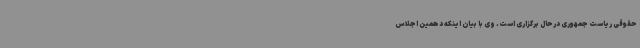
حقوقی ریاست جمهوری درحال برگزاری است. وی با بیان اینکه دهمین اجلاس